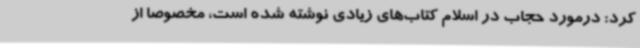
کرد: درمورد حجاب در اسلام کتاب‌های زیادی نوشته شده است، مخصوصا از